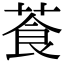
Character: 䓹